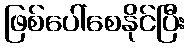
ဖြစ်ပေါ်စေနိုင်ပြီး